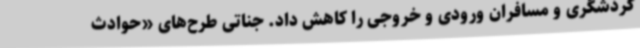
گردشگری و مسافران ورودی و خروجی را کاهش داد. جناتی طرح‌های «حوادث